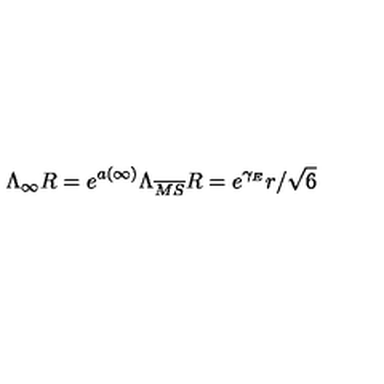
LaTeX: \Lambda _ { \infty } R = e ^ { a ( \infty ) } \Lambda _ { \overline { { M S } } } R = e ^ { \gamma _ { E } } r / \sqrt { 6 }